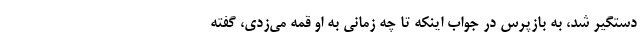
دستگیر شد، به بازپرس در جواب اینکه تا چه زمانی به او قمه می‌زدی، گفته